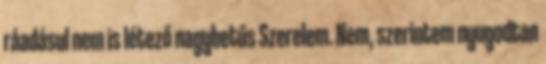
ráadásul nem is létező nagybetűs Szerelem. Nem, szerintem nyugodtan